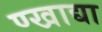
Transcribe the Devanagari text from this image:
ण्खाद्या